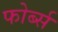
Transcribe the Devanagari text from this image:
फोर्ब्‍स